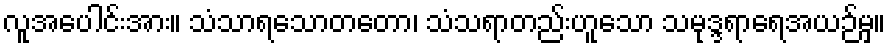
လူအပေါင်းအား။ သံသာရသောတတော၊ သံသရာတည်းဟူသော သမုဒ္ဒရာရေအယဉ်မှ။